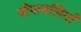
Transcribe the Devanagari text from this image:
दीपावलियाँ